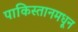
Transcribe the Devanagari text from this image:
पाकिस्तानमधून